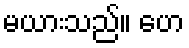
မယားသည်။ ဟေ